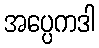
အပ္ပေကဒါ